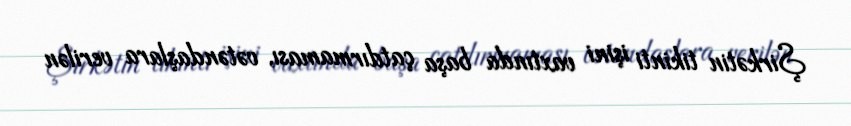
Şirkətin tikinti işini vaxtında başa çatdırmaması, vətəndaşlara verilən